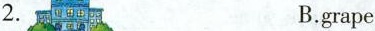
2. B.grape